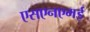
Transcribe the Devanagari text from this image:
एसएनएमई